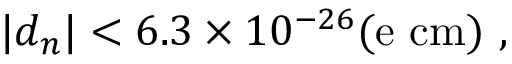
| d _ { n } | < 6 . 3 \times 1 0 ^ { - 2 6 } \mathrm { ( e ~ c m ) } \ ,